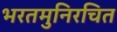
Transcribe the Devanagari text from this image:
भरतमुनिरचित